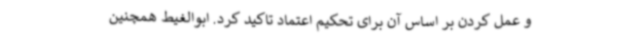
و عمل کردن بر اساس آن برای تحکیم اعتماد تاکید کرد. ابوالغیط همچنین